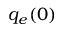
q _ { e } ( 0 )